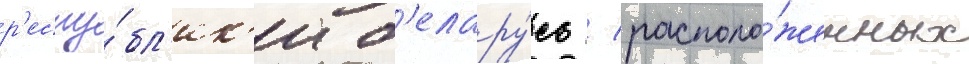
р'еспу́бл'ик'и б'елару́сь / располо́женных